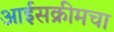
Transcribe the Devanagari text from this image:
आईसक्रीमचा